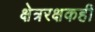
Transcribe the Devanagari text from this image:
क्षेत्ररक्षकही